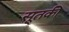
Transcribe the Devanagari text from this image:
सूतकी